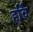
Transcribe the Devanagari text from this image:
हर्वि